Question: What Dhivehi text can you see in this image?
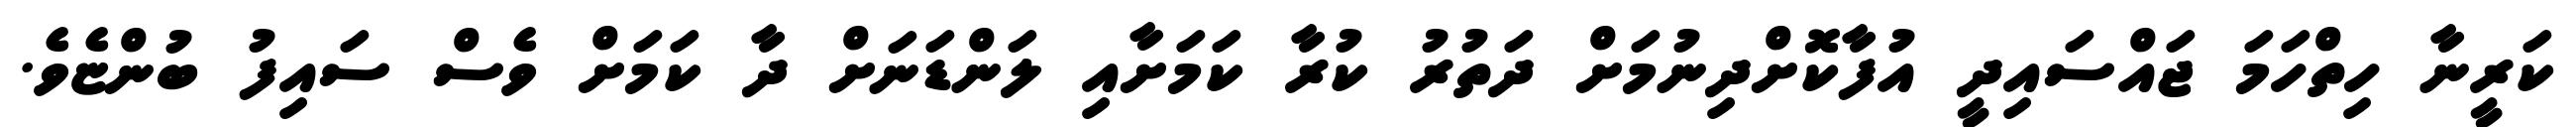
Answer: ކަރީނާ ހިތްހަމަ ޖައްސައިދީ އުފާކޮށްދިނުމަށް ދަތުރު ކުރާ ކަމަށާއި ލަންޑަނަށް ދާ ކަމަށް ވެސް ސައިފު ބުންޏެވެ.